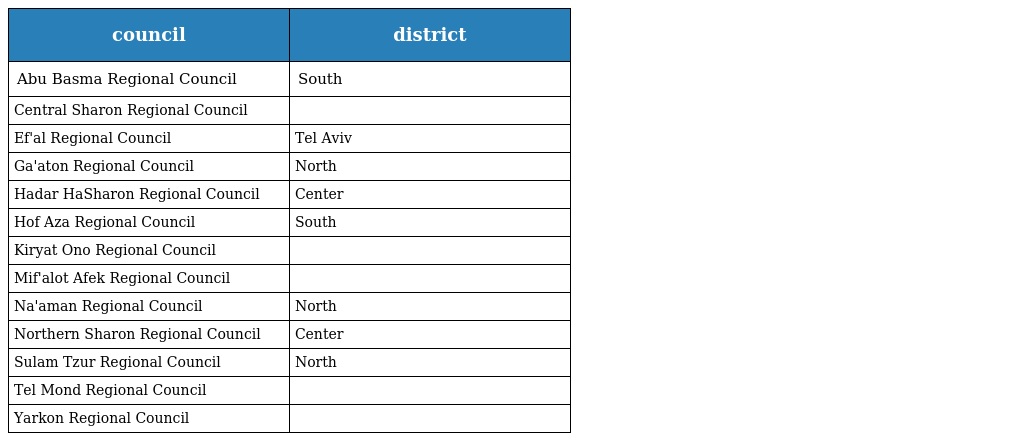
| council | district |
 | --- | --- |
 | Abu Basma Regional Council | South |
 | Central Sharon Regional Council |  |
 | Ef'al Regional Council | Tel Aviv |
 | Ga'aton Regional Council | North |
 | Hadar HaSharon Regional Council | Center |
 | Hof Aza Regional Council | South |
 | Kiryat Ono Regional Council |  |
 | Mif'alot Afek Regional Council |  |
 | Na'aman Regional Council | North |
 | Northern Sharon Regional Council | Center |
 | Sulam Tzur Regional Council | North |
 | Tel Mond Regional Council |  |
 | Yarkon Regional Council |  |